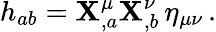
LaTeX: h_{ab}=\mathbf{X}_{,a}^{\mu}\mathbf{X}_{,b}^{\nu}\, \eta_{\mu\nu}\, .